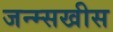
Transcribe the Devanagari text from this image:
जन्म्सखीस